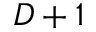
D + 1